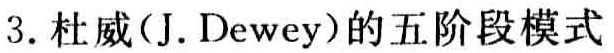
3. 杜威(J. Dewey)的五阶段模式